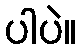
ပါပဲ။